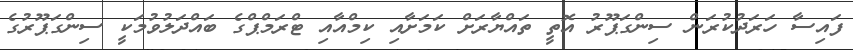
ފައިސާ ހަރަދުކުރަން ސިންގަޕޫރު އޮތީ ތައްޔާރަށް ކަމަށާއި ކިމްއާއި ޓްރަމްޕްގެ ބައްދަލުވުމަކީ ސިންގަޕޫރުގެ